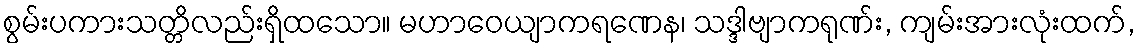
စွမ်းပကားသတ္တိလည်းရှိထသော။ မဟာဝေယျာကရဏေန၊ သဒ္ဒါဗျာကရုဏ်း, ကျမ်းအားလုံးထက်,